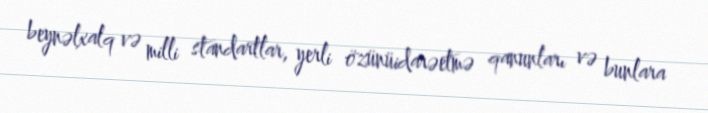
beynəlxalq və milli standartlar, yerli özünüidarəetmə qanunları və bunlara